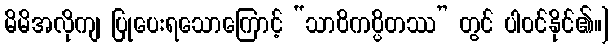
မိမိအလိုကျ ပြုပေးရသောကြောင့် “သာဝိကပ္ပိတဿ” တွင် ပါဝင်နိုင်၏။]